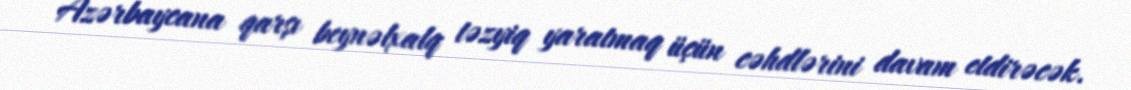
Azərbaycana qarşı beynəlxalq təzyiq yaratmaq üçün cəhdlərini davam etdirəcək.